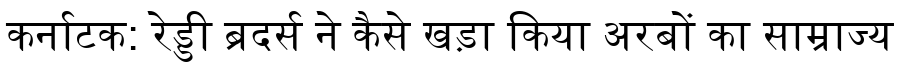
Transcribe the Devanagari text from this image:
कर्नाटक: रेड्डी ब्रदर्स ने कैसे खड़ा किया अरबों का साम्राज्य